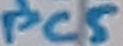
Text: PC5